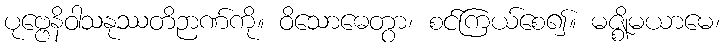
ပုဗ္ဗေနိဝါသနုဿတိဉာဏ်ကို။ ဝိသောဓေတွာ၊ စင်ကြယ်စေ၍။ မဇ္ဈိမယာမေ၊